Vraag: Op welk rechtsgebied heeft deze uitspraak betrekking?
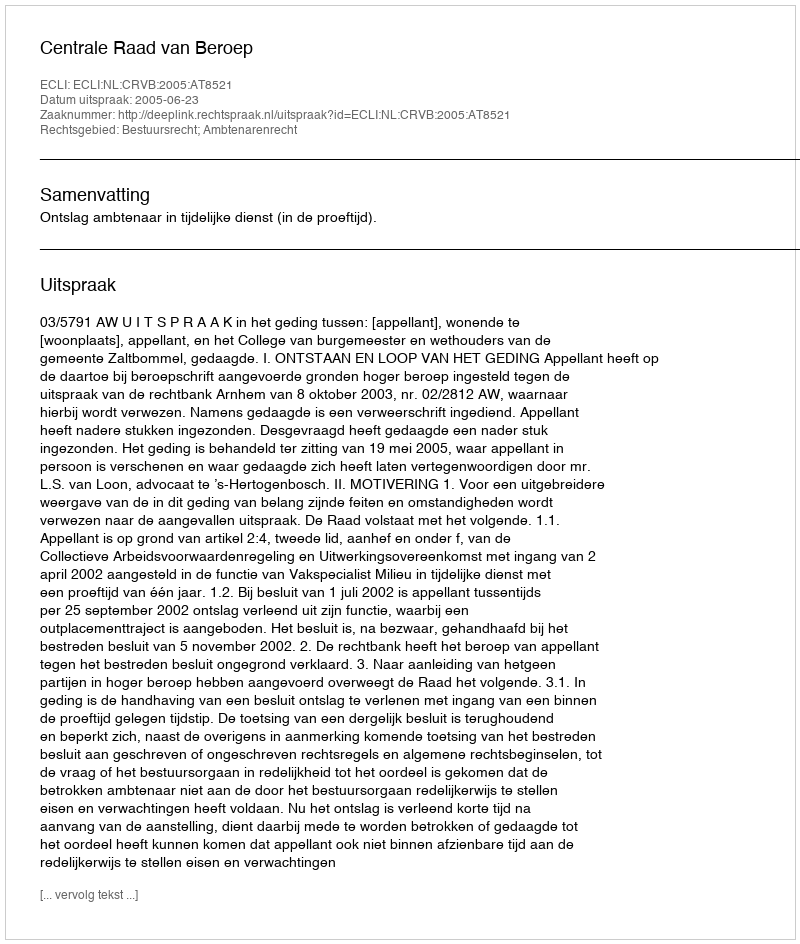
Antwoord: Bestuursrecht; Ambtenarenrecht